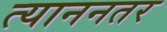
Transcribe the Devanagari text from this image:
त्याननतर